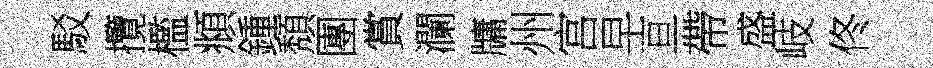
駁攬檻頫鍾頽團賞瀾牗州宫早亘帶盛岐佟